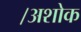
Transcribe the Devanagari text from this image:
।अशोक